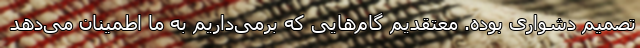
تصمیم دشواری بوده. معتقدیم گام‌هایی که برمی‌داریم به ما اطمینان می‌دهد